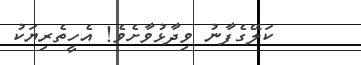
ކަލޭގެފާނު ވިދާޅުވާށެވެ! އެހީތެރިޔަކު